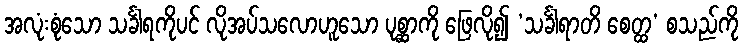
အလုံးစုံသော သင်္ခါရကိုပင် လိုအပ်သလောဟူသော ပုစ္ဆာကို ဖြေလို၍ ‘သင်္ခါရာတိ စေတ္ထ’ စသည်ကို